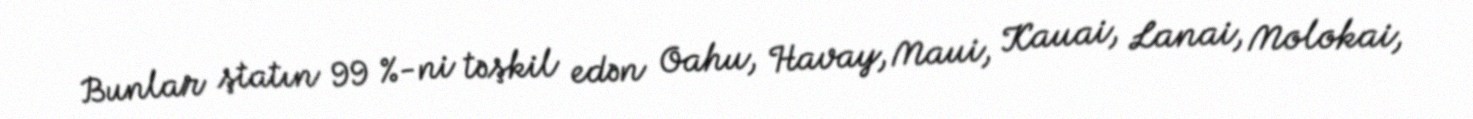
Bunlar ştatın 99 %-ni təşkil edən Oahu, Havay, Maui, Kauai, Lanai, Molokai,